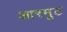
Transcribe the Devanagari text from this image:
आरमुट